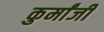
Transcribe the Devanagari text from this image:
कुर्मांजी